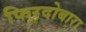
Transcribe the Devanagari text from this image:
फिरदोबारा